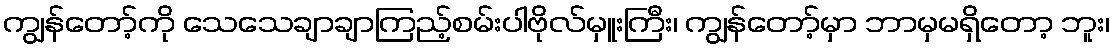
ကျွန်တော့်ကို သေသေချာချာကြည့်စမ်းပါဗိုလ်မှူးကြီး၊ ကျွန်တော့်မှာ ဘာမှမရှိတော့ ဘူး၊